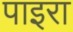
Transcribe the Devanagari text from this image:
पाइरा